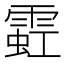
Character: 𫕩